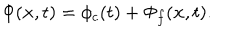
\Phi ( { \bf x } , t ) = \phi _ { c } ( t ) + \Phi _ { f } ( { \bf x } , t ) .